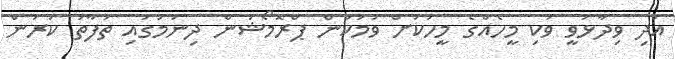
އަދި ވިދާޅުވީ ވަކި މީހެއްގެ މީހަކަށް ވުމަކުން ޕްރޮމޯޝަން ދިނުމުގައި ތަފާތު ކުރުން